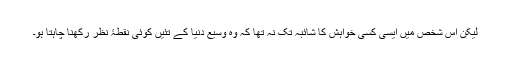
لیکن اس شخص میں ایسی کسی خواہش کا شائبہ تک نہ تھا کہ وہ وسیع دنیا کے تئیں کوئی نقطۂ نظر رکھنا چاہتا ہو۔